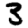
Digit: 3